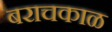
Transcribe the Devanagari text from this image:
बराचकाळ